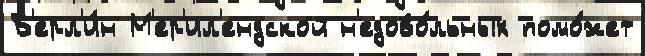
Б'ерл'и́н М'ер'ил'ендской н'едово́льных помо́жет